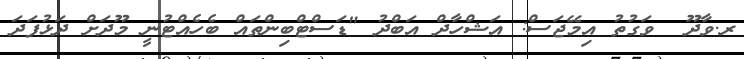
ރ.ވާދޫ  ވަގުތު އިމޭޖަސް: އަޝްހާދް އަބްދު "ޑަސްޓްބިންތައް ބެހެއްޓުނީ މޫދަށް ދަޅުފަދަ